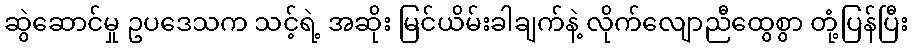
ဆွဲဆောင်မှု ဥပဒေသက သင့်ရဲ့ အဆိုး မြင်ယိမ်းခါချက်နဲ့ လိုက်လျောညီထွေစွာ တုံ့ပြန်ပြီး